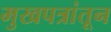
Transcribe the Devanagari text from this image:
मुखपत्रांतून